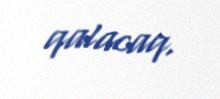
qalacaq.